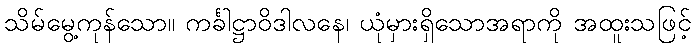
သိမ်မွေ့ကုန်သော။ ကင်္ခါဋ္ဌာဝိဒါလနေ၊ ယုံမှားရှိသောအရာကို အထူးသဖြင့်